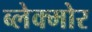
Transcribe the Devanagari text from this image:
ब्लेक्मोर